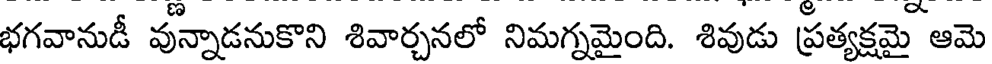
భగవానుడీ వున్నాడనుకొని శివార్చనలో నిమగ్నమైంది. శివుడు ప్రత్యక్షమై ఆమె